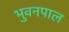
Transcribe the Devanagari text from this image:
भुवनपाल